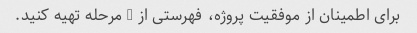
برای اطمینان از موفقیت پروژه، فهرستی از 5 مرحله تهیه کنید.